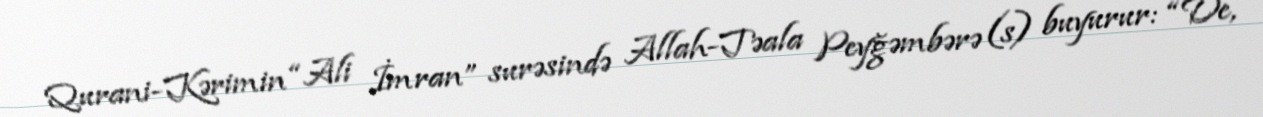
Qurani-Kərimin “Ali İmran” surəsində Allah-Təala Peyğəmbərə (s) buyurur: “De,